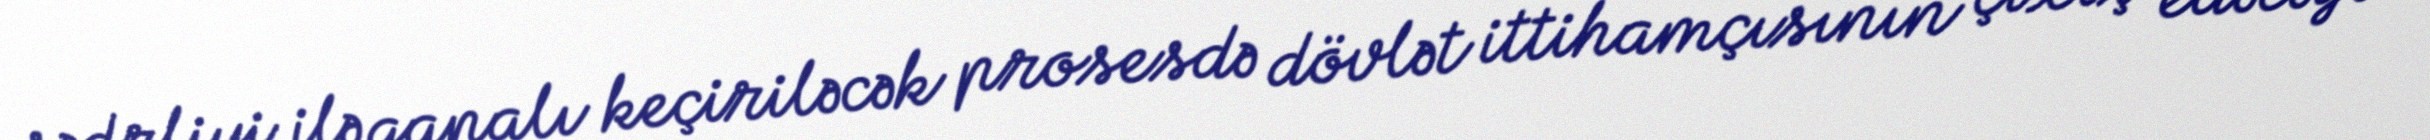
sədrliyi ilə qapalı keçiriləcək prosesdə dövlət ittihamçısının çıxış edəcəyi